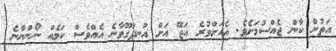
އަތުން ކާން ޖެއްސުމަށެވެ. އެއަށްވުރެ އަޖޭ އަށް އުނދަގޫވާނެ އެއްވެސް ކަމެއް ނޯންނާނެ